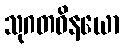
သုဂတဝိနယော